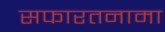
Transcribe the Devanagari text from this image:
सफारतनामा